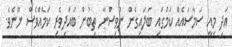
އަދި މިއީ ސަމާސައެއް ކަމުގައި ބަލައިގެން ނުވިސްނާ ތިބުން ބުއްދިވެރި ކަމެއްވެސް ނޫނެވެ.